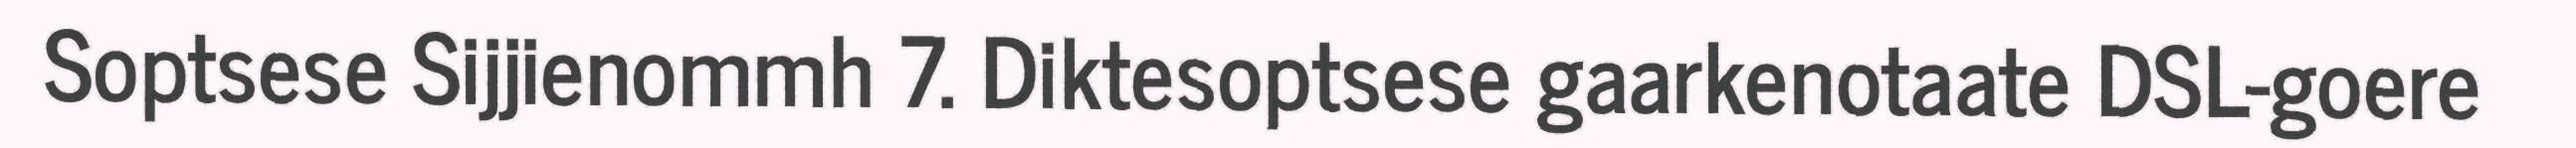
Soptsese Sijjienommh 7. Diktesoptsese gaarkenotaate DSL-goere